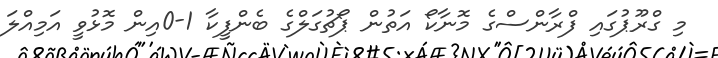
މި ގްރޫޕުގައި ފްރާންސްގެ މޮނާކޯ އަތުން ޕޯޗުގަލްގެ ބެންފީކާ 1-0އިން މޮޅުވީ އަމިއްލަ